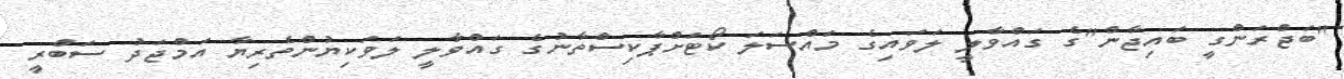
"ބަޖްރަންގީ ބައިޖާން"ގެ ގައްވާލީ ލަވައިގެ މައްސަލަ ކޯޓަށްޕާކިސްތާނުގެ ގައްވާލީ ލަވަކިޔުންތެރިޔާ އަމްޖަދު ސަބްރީ